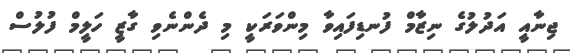
ޖިނާއީ އަދުލުގެ ނިޒާމް ފުނޑިފައިވާ މިންވަރަކީ މި ދެންނެވި ގާޒީ ހަލީމް ފުލުސް